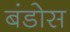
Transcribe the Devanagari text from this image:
बंडोस